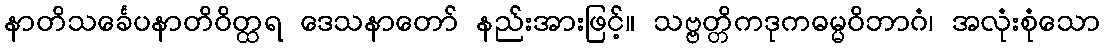
နာတိသင်္ခေပနာတိဝိတ္ထရ ဒေသနာတော် နည်းအားဖြင့်။ သဗ္ဗတ္တိကဒုကဓမ္မဝိဘာဂံ၊ အလုံးစုံသော